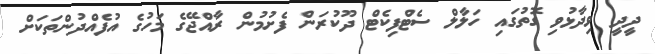
ދީދީ ވިދާޅުވި ގޮތުގައި ހަލާލް ސެޓްފިކެޓް ދޫކުރަން ފެށުމުން ރާއްޖޭގެ މަހުގެ އުފެއްދުންތަކަށް